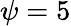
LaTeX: \psi=5